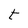
Character: t